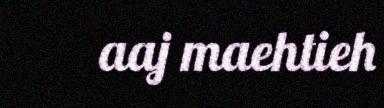
aaj maehtieh